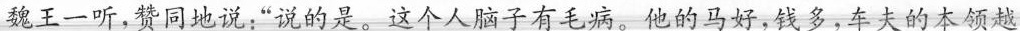
魏王一听，赞同地说”说的是。这个人脑子有毛病。他的马好，钱多，车夫的本领越